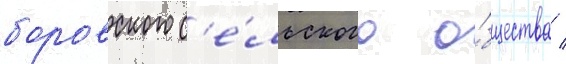
боровского с'е́льского о́бщества /